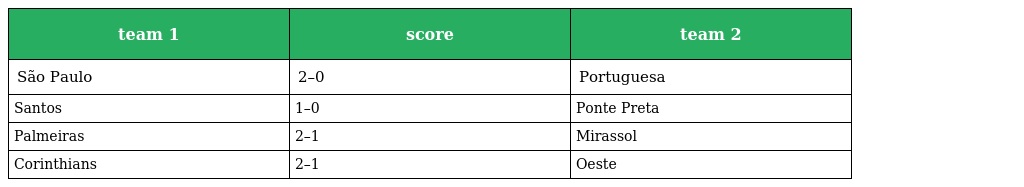
| team 1 | score | team 2 |
 | --- | --- | --- |
 | São Paulo | 2–0 | Portuguesa |
 | Santos | 1–0 | Ponte Preta |
 | Palmeiras | 2–1 | Mirassol |
 | Corinthians | 2–1 | Oeste |